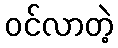
ဝင်လာတဲ့